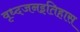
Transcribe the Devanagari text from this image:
वृध्दजनइतिहास